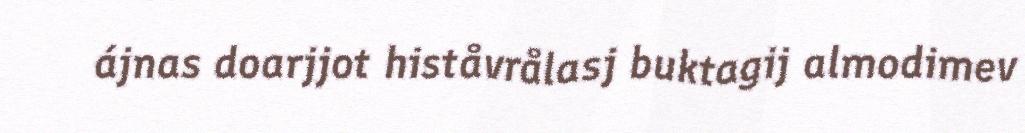
ájnas doarjjot histåvrålasj buktagij almodimev